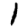
Digit: 1